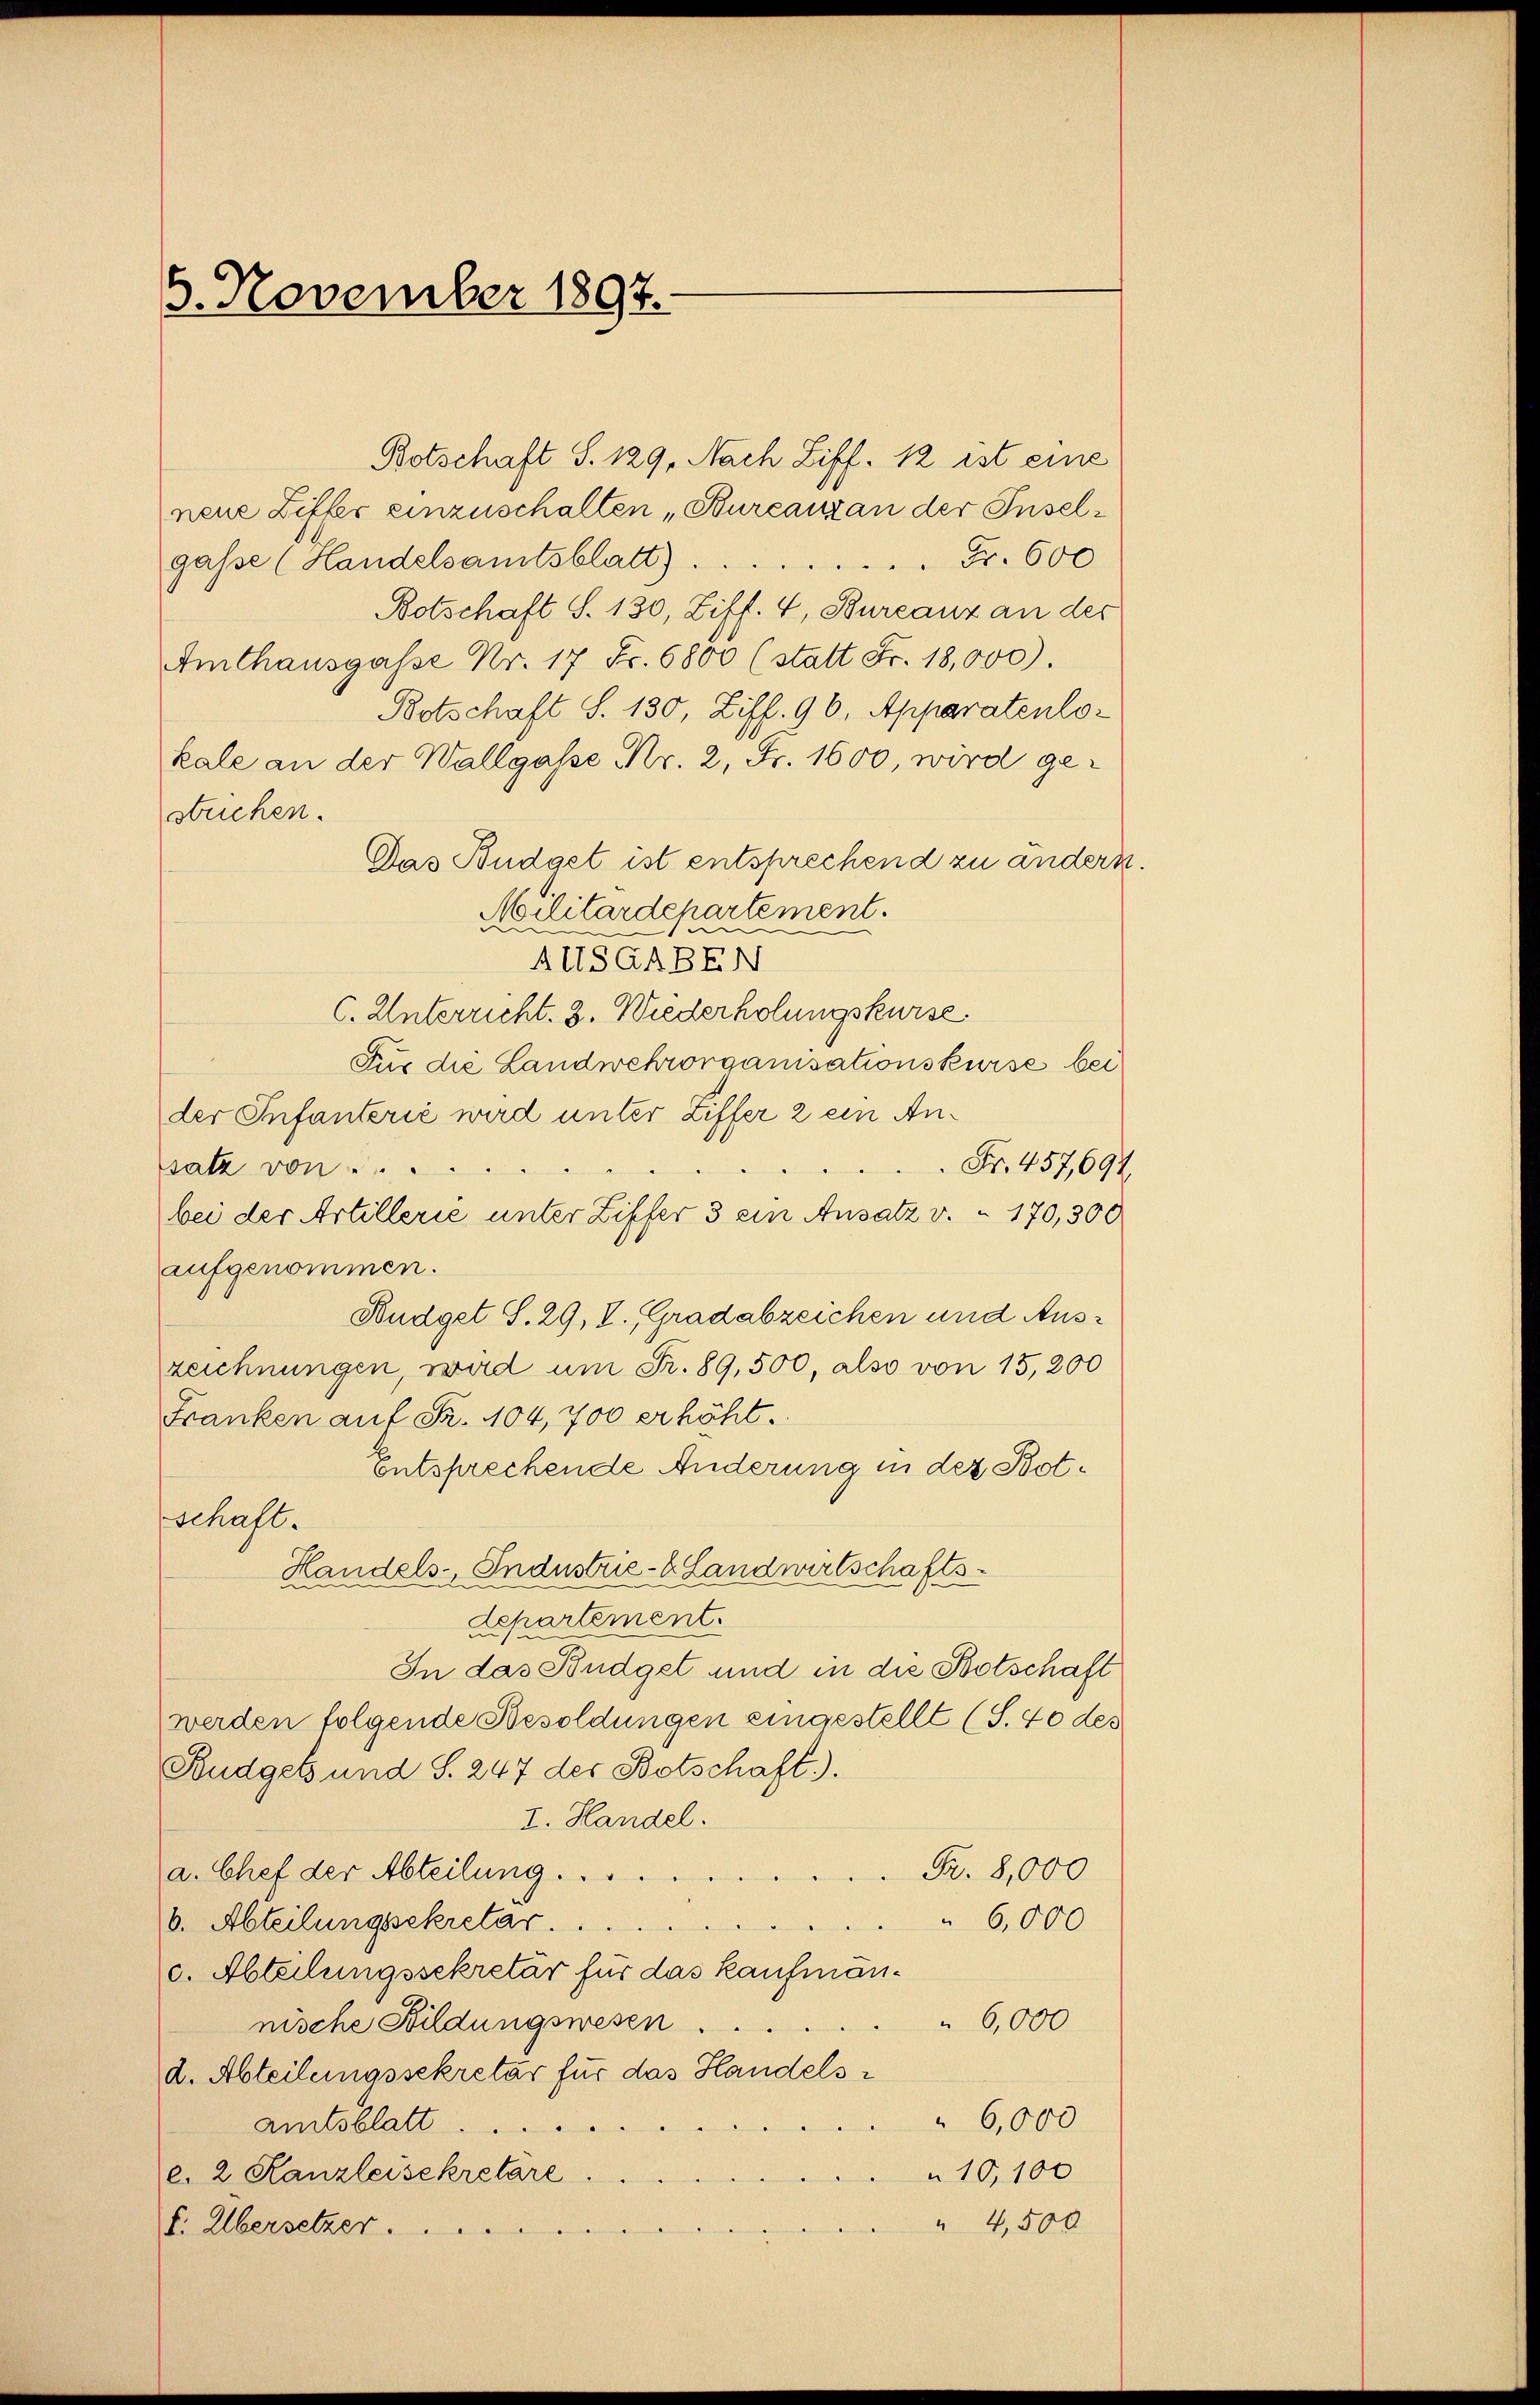
6. November 1897.

Botschaft S. 129. Nach Ziff. 12 ist eine
neue Ziffer einzuschalten „Bureau an der Inselgasse (Handelsamtsblatt) . . . . . . . . Fr. 600
Botschaft S. 130, Ziff. 4, Burcanz an der
Amthausgasse Nr. 17 Fr. 6800 (statt Fr. 18,000).
Botschaft S. 130, Ziff. 96, Apparatenlokale an der Wallgasse Nr. 2, Fr. 1600, wird gestrichen.
Das Budget ist entsprechend zu andern.
Militärdepartement.
AHSGABEN
C. Unterricht. 3. Wiederholungskurse.
Für die Landwehrorganisationskurse bei
der Infanterie wird unter Ziffer 2 ein An¬
 Fr. 457,694
satz von ...
bei der Artillerie unter Ziffer 3 ein Ansatz v. 170,300
aufgenommen.
Budget S. 29, V. Gradabzeichen und Auszeichnungen, wird um Fr. 89,500, also von 15,200
Franken auf Fr. 104,700 erhöht.
Entsprechende Änderung in der Botschaft.
Handels-Industrie - Landwirtschafts¬
Lepartement.
In das Büdget und in die Botschaft
werden folgende Besoldungen eingestellt (S. 40 des
Budget und S. 247 der Botschaft).
I. Handel.
Fr. 8,000
a. Chef der Abteilung ....
6,000
b. Abteilungsekretar.
c. Abteilungssekretär für das kaufmän¬
6,000
nische Bildungswesen ....
d. Abteilungssekretär für das Handels¬
6,000
Amtsblatt .....
c. 2 Kanzleisekretare.
10,100
" 4,500
f. Übersetzer.